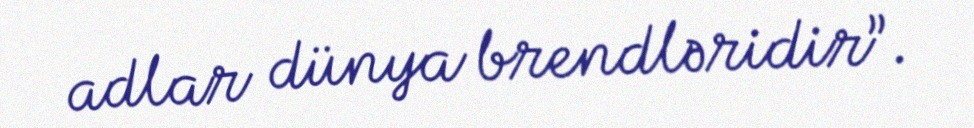
adlar dünya brendləridir”.